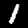
Digit: 1